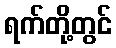
ရက်တို့တွင်